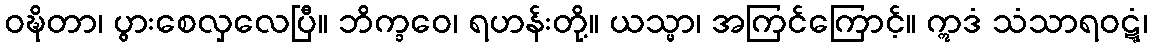
ဝဍ္ဎိတာ၊ ပွားစေလှလေပြီ။ ဘိက္ခဝေ၊ ရဟန်းတို့။ ယသ္မာ၊ အကြင်ကြောင့်။ ဣဒံ သံသာရဝဋ္ဋံ၊